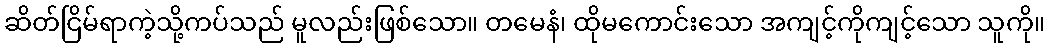
ဆိတ်ငြိမ်ရာကဲ့သို့ကပ်သည် မူလည်းဖြစ်သော။ တမေနံ၊ ထိုမကောင်းသော အကျင့်ကိုကျင့်သော သူကို။